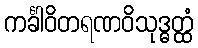
ကင်္ခါဝိတရဏဝိသုဒ္ဓတ္ထံ